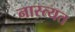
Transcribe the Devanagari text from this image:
नास्त्यत